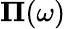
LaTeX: \mathbf{\Pi}(\omega)